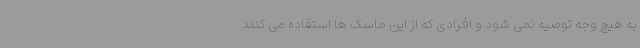
به هیچ وجه توصیه نمی شود و افرادی که از این ماسک ها استفاده می کنند